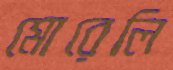
মোরেলি